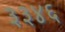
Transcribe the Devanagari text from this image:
३३४६